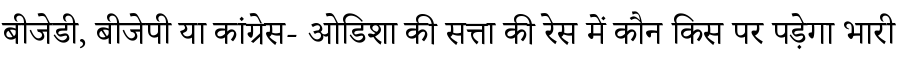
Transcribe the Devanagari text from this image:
बीजेडी, बीजेपी या कांग्रेस- ओडिशा की सत्ता की रेस में कौन किस पर पड़ेगा भारी